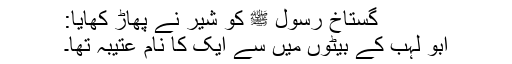
گستاخِ رسول ﷺ کو شیر نے پھاڑ کھایا:
ابو لہب کے بیٹوں میں سے ایک کا نام عُتیبہ تھا۔